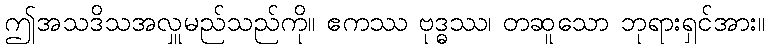
ဤအသဒိသအလှူမည်သည်ကို။ ဧကဿ ဗုဒ္ဓဿ၊ တဆူသော ဘုရားရှင်အား။